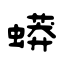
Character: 蟒